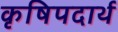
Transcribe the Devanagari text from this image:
कृषिपदार्थ